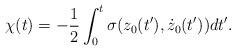
LaTeX: \begin{align*}\chi(t)=-\frac{1}{2}\int_{0}^{t}\sigma(z_{0}(t^{\prime}),\dot{z}_{0}(t^{\prime}))dt^{\prime}. \end{align*}